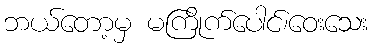
ဘယ်တော့မှ မကြိုက်ပေါင်၊ဝေးသေး